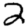
Digit: 2